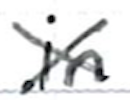
Text: in
Cross-out: cross
Writing tool: ballpoint